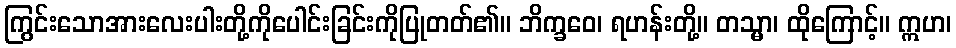
ကြွင်းသောအားလေးပါးတို့ကိုပေါင်းခြင်းကိုပြုတတ်၏။ ဘိက္ခဝေ၊ ရဟန်းတို့။ တသ္မာ၊ ထိုကြောင့်။ ဣဟ၊